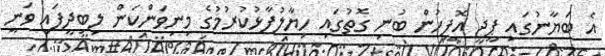
އެ ބަޔާނުގައި ޕީޖީ އޮފީހުން ބުނި ގޮތުގައި ހިޔާލުފާޅުކުރުމުގެ މިނިވަންކަން ލިބިދީފައި ވަނީ